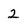
Character: 2